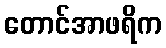
တောင်အာဖရိက